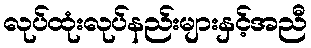
လုပ်ထုံးလုပ်နည်းများနှင့်အညီ